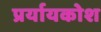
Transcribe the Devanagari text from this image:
प्रर्यायकोश